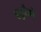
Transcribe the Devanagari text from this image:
एडुरैडो